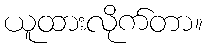
ယူထားလိုက်တာ။